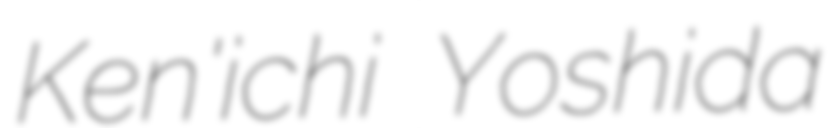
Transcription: Ken'ichi Yoshida